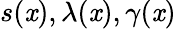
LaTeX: s(\mathit{x}),\lambda(\mathit{x}),\gamma(\mathit{x})